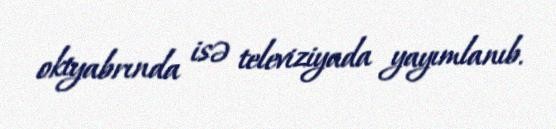
oktyabrında isə televiziyada yayımlanıb.